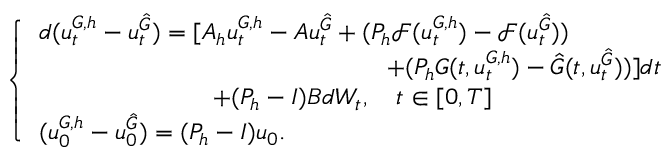
\left\{ \begin{array} { l l } { d ( u _ { t } ^ { G , h } - u _ { t } ^ { \hat { G } } ) = [ A _ { h } u _ { t } ^ { { G } , h } - A u _ { t } ^ { \hat { G } } + ( P _ { h } \mathcal { F } ( u _ { t } ^ { { G } , h } ) - \mathcal { F } ( u _ { t } ^ { \hat { G } } ) ) } \\ { \quad \qquad \qquad \qquad \qquad \qquad \qquad \quad + ( P _ { h } G ( t , u _ { t } ^ { G , h } ) - \hat { G } ( t , u _ { t } ^ { \hat { G } } ) ) ] d t } \\ { \qquad \qquad \qquad \quad + ( P _ { h } - I ) B d W _ { t } , \quad t \in [ 0 , T ] } \\ { ( u _ { 0 } ^ { G , h } - u _ { 0 } ^ { \hat { G } } ) = ( P _ { h } - I ) u _ { 0 } . } \end{array} \right.